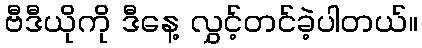
ဗီဒီယိုကို ဒီနေ့ လွှင့်တင်ခဲ့ပါတယ်။